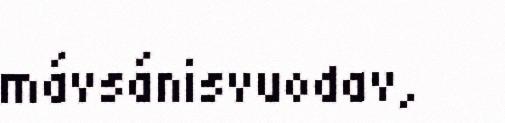
mávsánisvuodav,